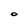
Character: O